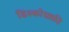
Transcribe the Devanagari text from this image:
डिस्कोग्राफ़ी